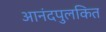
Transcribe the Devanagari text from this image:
आनंदपुलकित